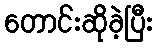
တောင်းဆိုခဲ့ပြီး